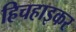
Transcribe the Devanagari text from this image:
हिचहाइकर